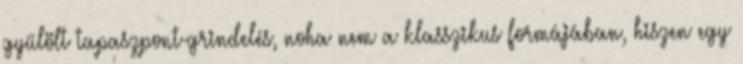
gyűlölt tapaszpont-grindelés, noha nem a klasszikus formájában, hiszen egy